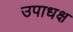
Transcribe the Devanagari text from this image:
उपाधक्ष